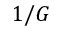
1 / G